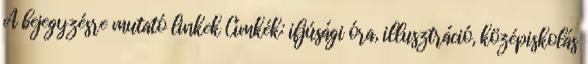
A bejegyzésre mutató linkek Címkék: ifjúsági óra, illusztráció, középiskolás